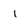
Character: 1